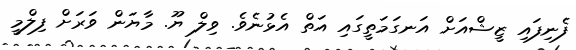
ފެނިފައި ޒީޝްއަށް އަނގަމަތީގައި އަތް އެޅުނެވެ. ވިލް ޔޫ. މާޔަން ވަރަށް ފިލްމީ